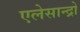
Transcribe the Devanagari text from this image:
एलेसान्द्रो